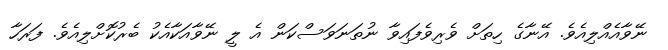
ނޭވާއެއްލިއެވެ. އޭނާގެ ހިތަށް ވެރިވެފައިވާ ނުތަނަވަސްކަން އެ ލީ ނޭވާއަކާއެކު ބެރުކޮށްލިއެވެ. ފަރަހާ